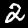
Label: 2